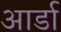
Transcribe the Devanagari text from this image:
आर्डा